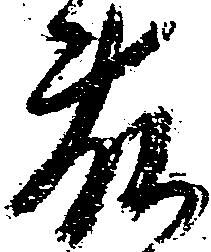
藤